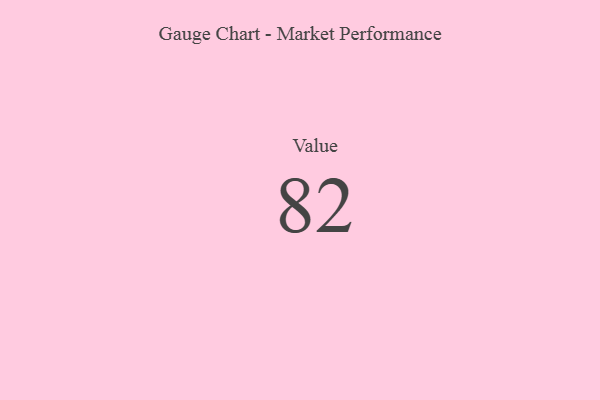
{"axis": {"x": "Metric", "y": "Value"}, "legend": [""], "data": [{"x": "Value", "y": 82, "type": ""}]}